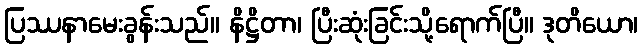
ပြဿနာမေးခွန်းသည်။ နိဋ္ဌိတာ၊ ပြီးဆုံးခြင်းသို့ရောက်ပြီ။ ဒုတိယော၊